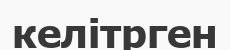
келітрген